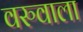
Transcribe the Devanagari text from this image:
वरुवाला